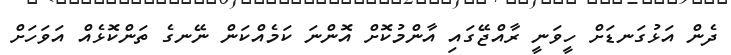
ދެން އަޅުގަނޑަށް ހީވަނީ ރާއްޖޭގައި އާންމުކޮށް އޮންނަ ކަމެއްކަން ނޭނގެ ތަންކޮޅެއް އަވަހަށް